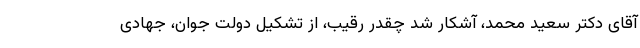
آقای دکتر سعید محمد، آشکار شد چقدر رقیب، از تشکیل دولت جوان، جهادی